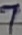
Text: 7